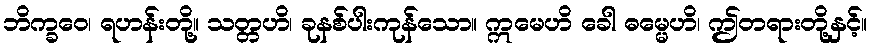
ဘိက္ခဝေ၊ ရဟန်းတို့။ သတ္တဟိ၊ ခုနစ်ပါးကုန်သော။ ဣမေဟိ ခေါ ဓမ္မေဟိ၊ ဤတရားတို့နှင့်။